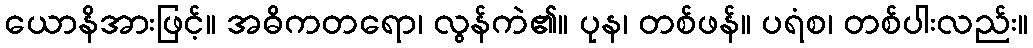
ယောနိအားဖြင့်။ အဓိကတရော၊ လွန်ကဲ၏။ ပုန၊ တစ်ဖန်။ ပရံစ၊ တစ်ပါးလည်း။